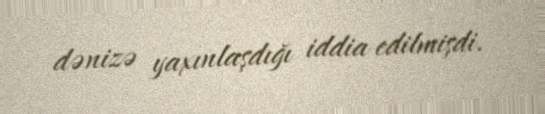
dənizə yaxınlaşdığı iddia edilmişdi.